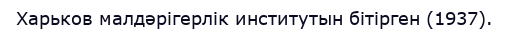
Харьков малдәрігерлік институтын бітірген (1937).